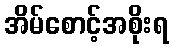
အိမ်စောင့်အစိုးရ